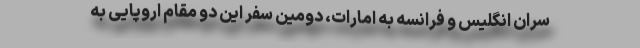
سران انگلیس و فرانسه به امارات، دومین سفر این دو مقام اروپایی به